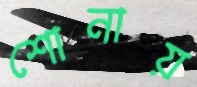
শোনায়